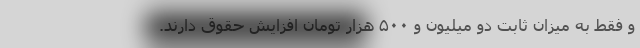
و فقط به میزان ثابت دو میلیون و ۵۰۰ هزار تومان افزایش حقوق دارند.